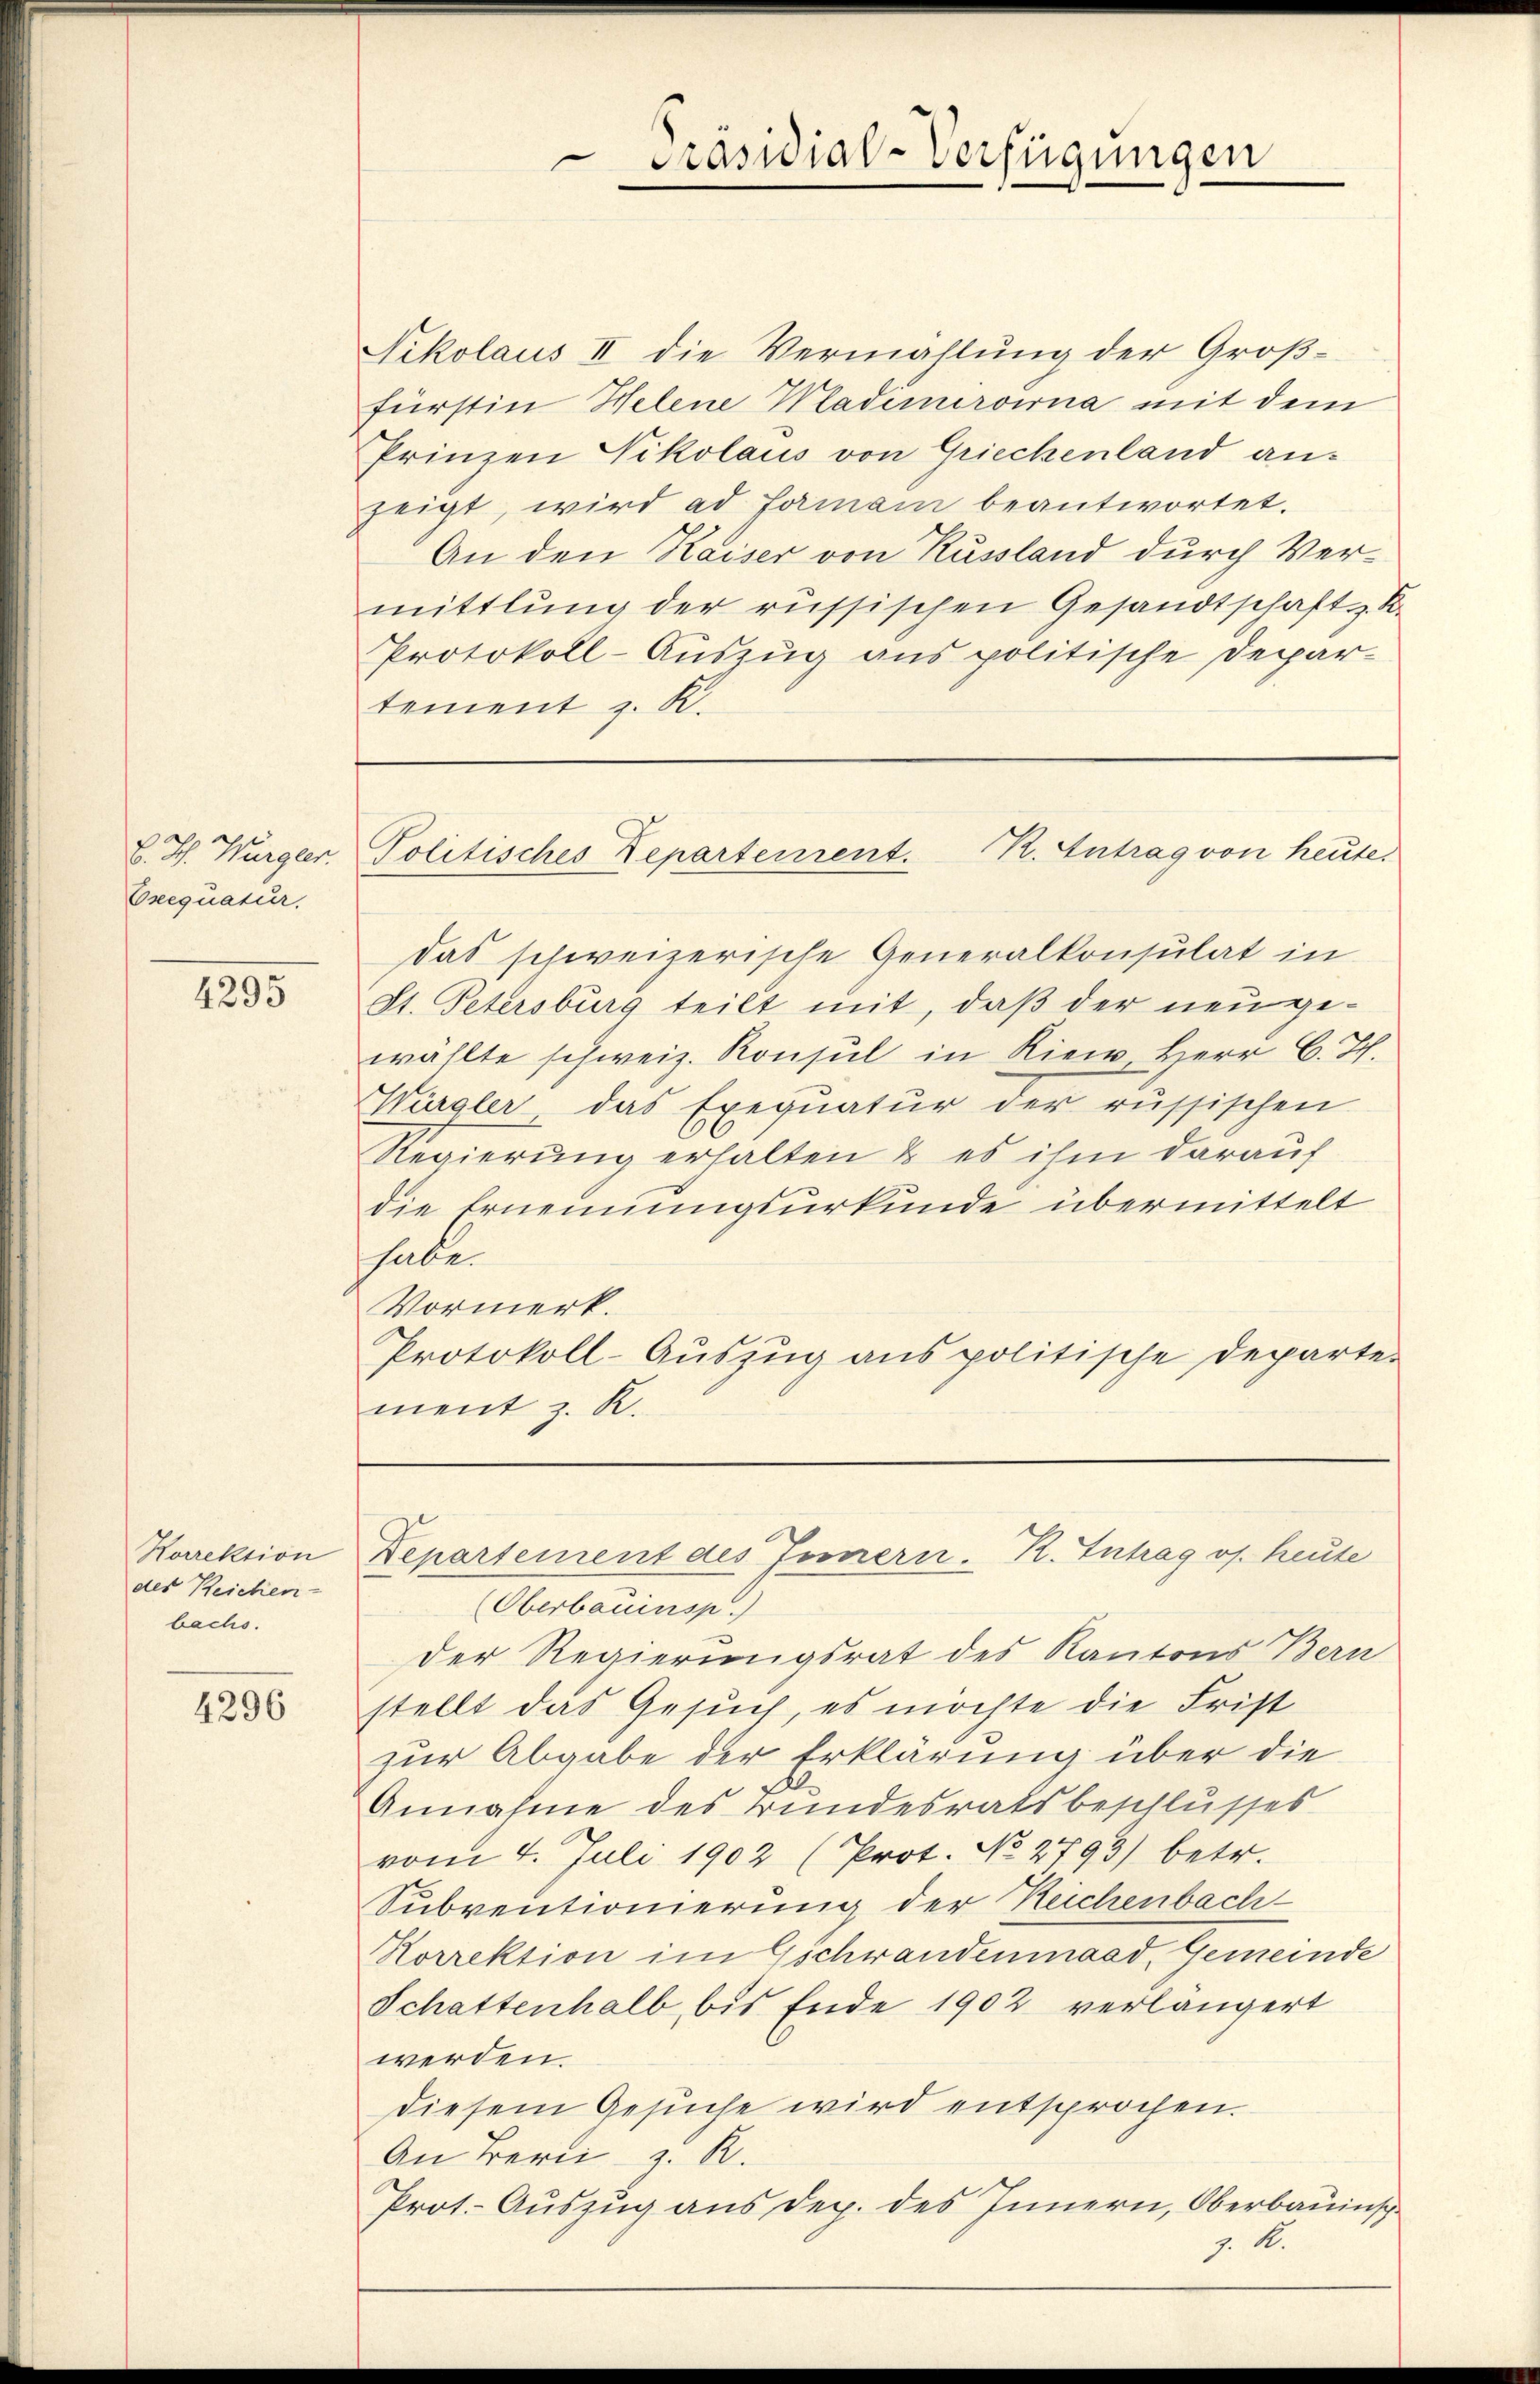
B. Th. Würgler.
Orequatur.

4295

Korrektion
des Reichen-
bachs.

4296

Protokoll-Auszug aus politische Depar-
tement z. B.

Fikolaus II die Vermählung der Groß-
fürstin Helene Wladimiroina mit dem
Prinzen Nikolaus von Griechenland anzeigt, wird ad formann beantwortet.
An den Kaiser von Russland durch Vermittlung der russischen Gesandtschaft z. K.
das schweizerische Generalkonsulat in
St. Petersburg teilt mit, daß der neu gewählte schweiz. Konsul in Riew, Herr C. J.
ürgler das Exequatur der russischen
Regierung erhalten & es ihm darauf
die Ernennungsurkunde übermittelt
habe.
Vormerk.
Protokoll-Aŭszŭg anspolitische Departe-
ment z. R.

Präsidial-Verfügungen

Politisches Departement. R. Antrag von heute.

Oberbauinsp
der Regierungsrat des Kantons Bern
stellt das Gesuch, es möchte die Frist
zur Abgabe der Erklärung über die
Annahme des Bundesratsbeschlusses
vom 4. Juli 1902 (Prot. No. 2793) betr.
Subventionierung der Reichenbach-
Korrektion im Gschwandenmaad, Gemeinde
Schattenhalb bis Ende 1902 verlängert
werden.
diesem Gesŭche wird entsprochen.
An Bern z. R.
Prot. Auszug aus dep. des Innern, Oberbauinsch
J. A.

Lepartement des Fernern. R. Intrag os. heute